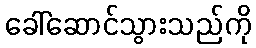
ခေါ်ဆောင်သွားသည်ကို